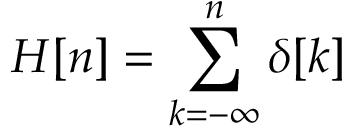
H [ n ] = \sum _ { k = - \infty } ^ { n } \delta [ k ]